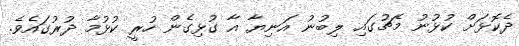
ދެކޮޅަށް ކުޅުނު މެޗުގައި ލިބުނު އަނިޔާ އާ ގުޅިގެން ހުރީ ކުޅުމާ ދުރުގައެވެ.